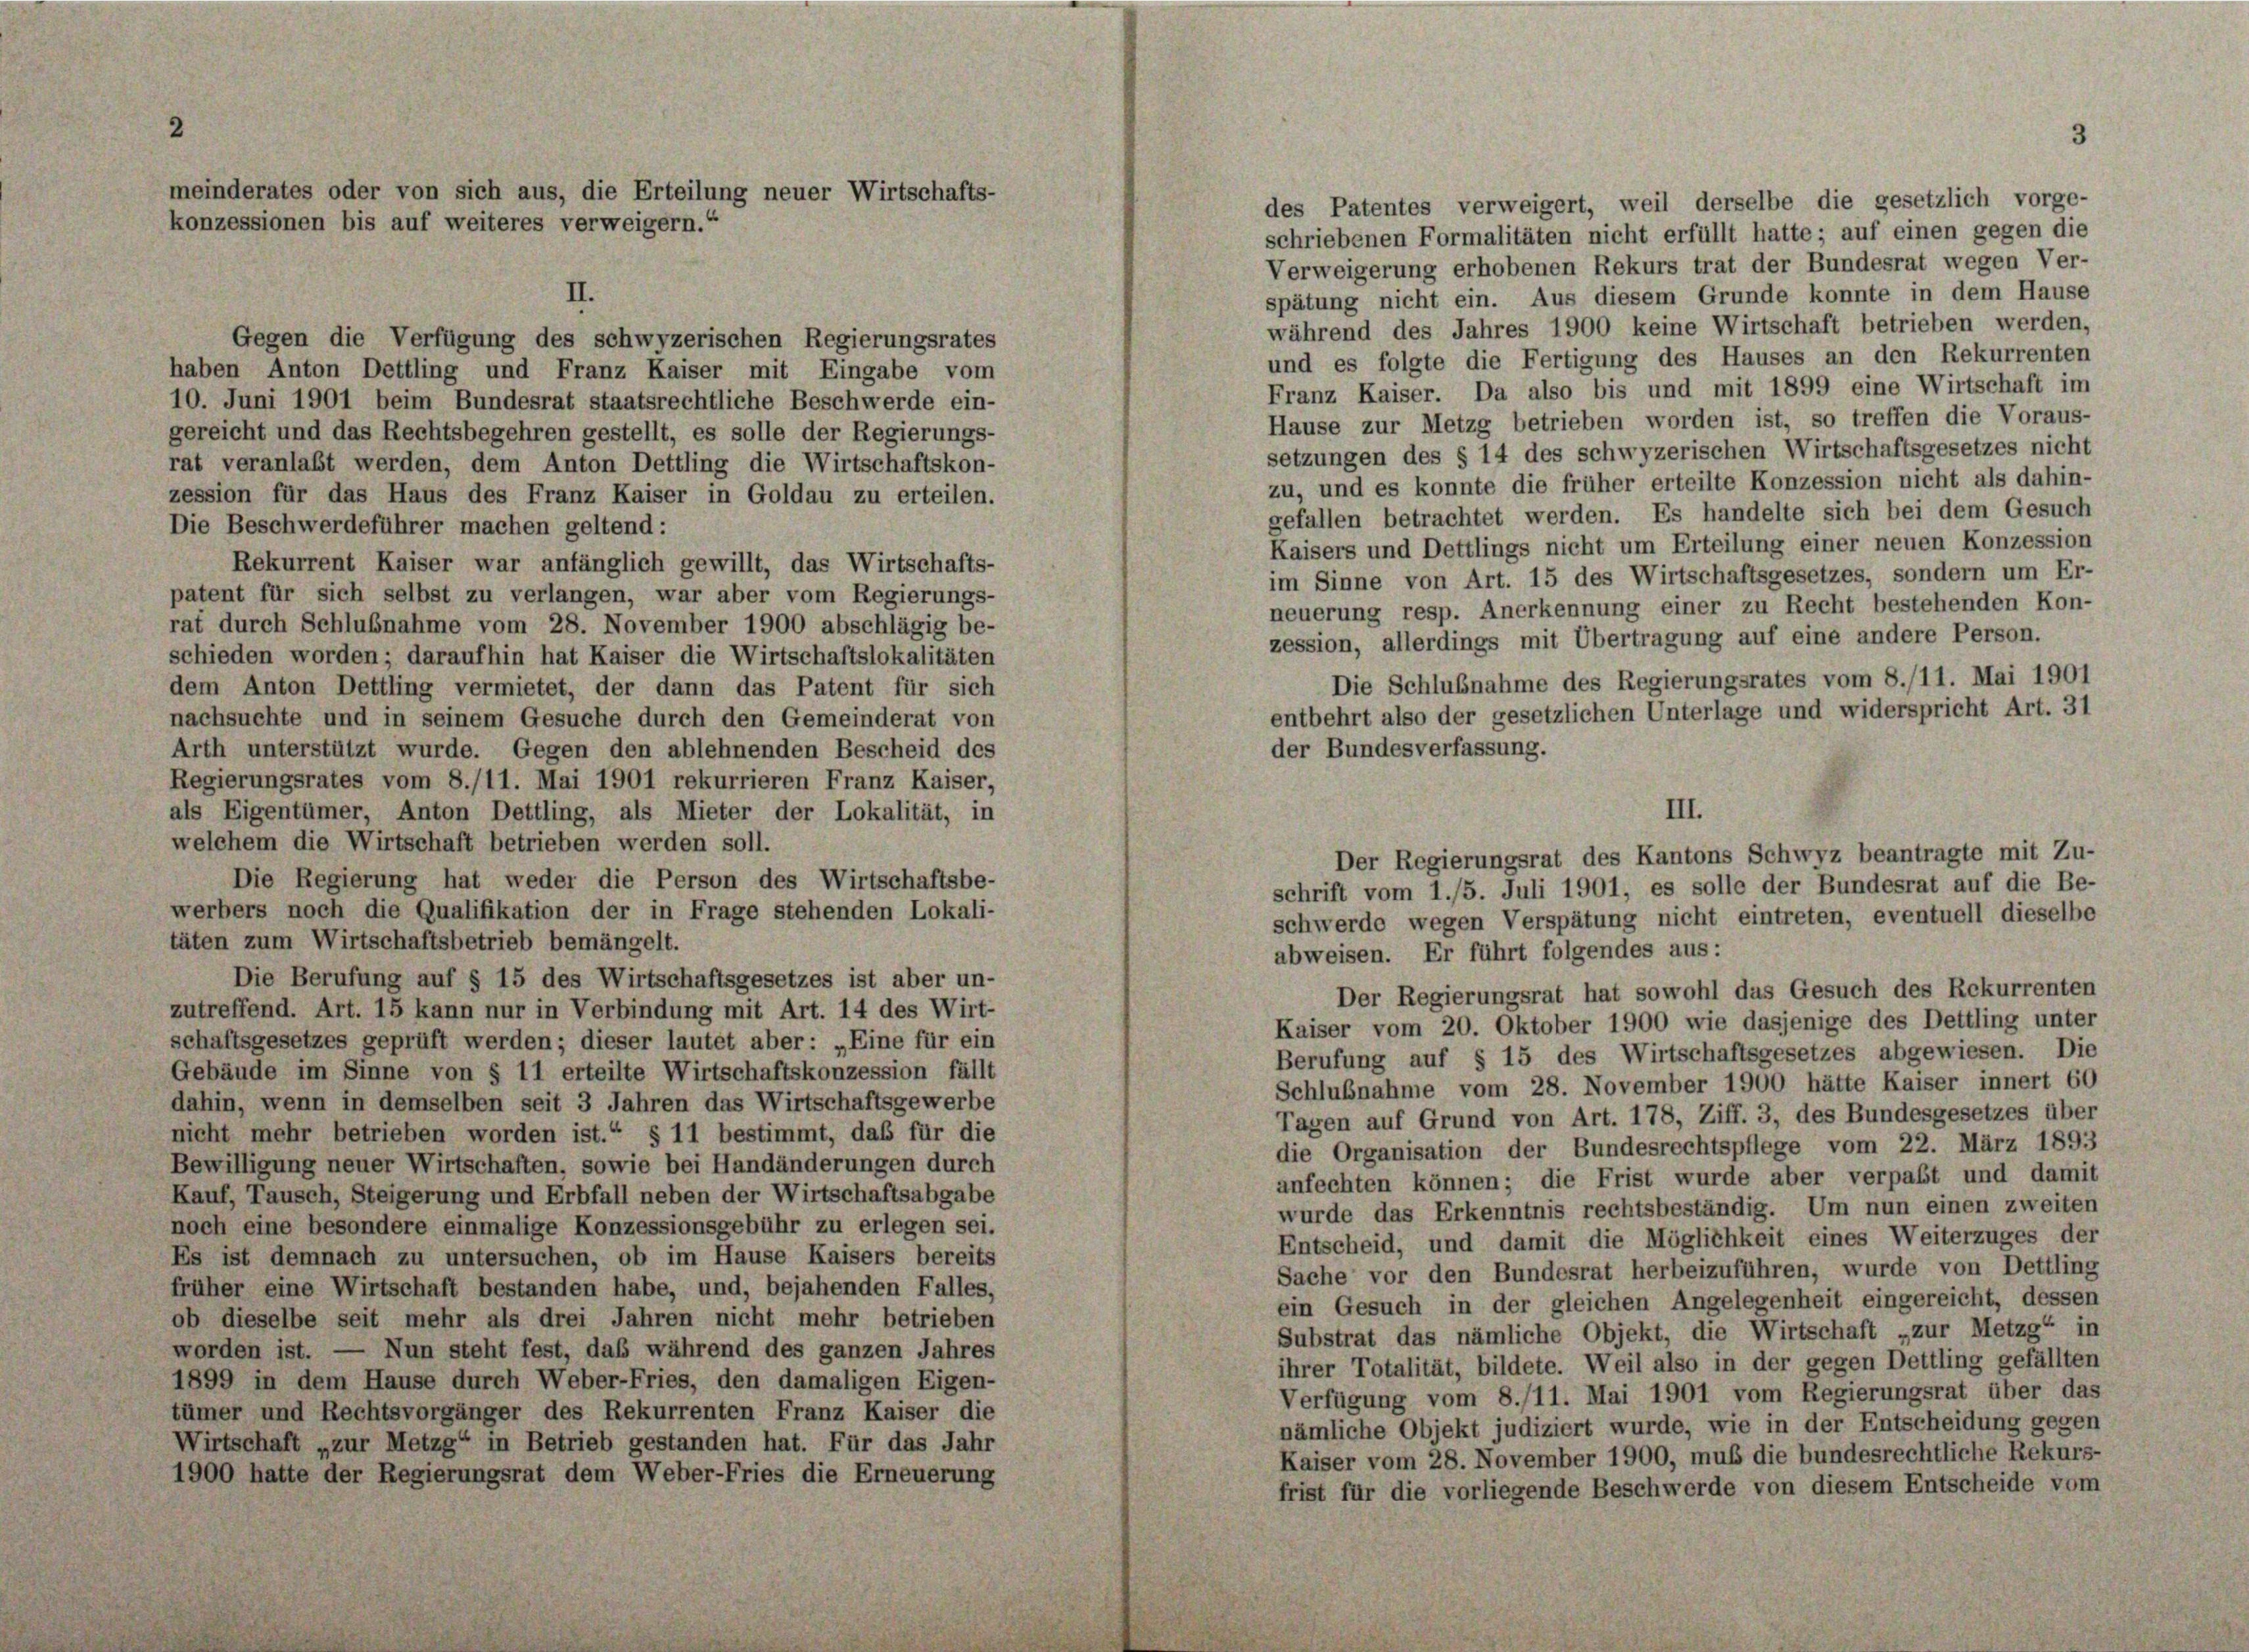
meinderates oder von sich aus, die Erteilung neuer Wirtschafts-
konzessionen bis auf weiteres verweigern.“

Gegen die Verfügung des schwyzerischen Regierungsrates
haben Anton Dettling und Franz Kaiser mit Eingabe vom
10. Juni 1901 beim Bundesrat staatsrechtliche Beschwerde ein-
gereicht und das Rechtsbegehren gestellt, es solle der Regierungs-
rat veranlaßt werden, dem Anton Dettling die Wirtschaftskon-
zession für das Haus des Franz Kaiser in Goldau zu erteilen.
Die Beschwerdeführer machen geltend:
Rekurrent Kaiser war anfänglich gewillt, das Wirtschafts-
patent für sich selbst zu verlangen, war aber vom Regierungs-
rat durch Schlußnahme vom 28. November 1900 abschlägig be-
schieden worden; daraufhin hat Kaiser die Wirtschaftslokalitäten
dem Anton Dettling vermietet, der dann das Patent für sich
nachsuchte und in seinem Gesuche durch den Gemeinderat von
Arth unterstützt wurde. Gegen den ablehnenden Bescheid des
Regierungsrates vom 8./11. Mai 1901 rekurrieren Franz Kaiser,
als Eigentümer, Anton Dettling, als Mieter der Lokalität, in
welchem die Wirtschaft betrieben werden soll.
Die Regierung hat weder die Person des Wirtschaftsbe-
werbers noch die Qualifikation der in Frage stehenden Lokali-
täten zum Wirtschaftsbetrieb bemängelt.
Die Berufung auf § 15 des Wirtschaftsgesetzes ist aber un-
zutreffend. Art. 15 kann nur in Verbindung mit Art. 14 des Wirt-
schaftsgesetzes geprüft werden; dieser lautet aber: „Eine für ein
Gebäude im Sinne von § 11 erteilte Wirtschaftskonzession fällt
dahin, wenn in demselben seit 3 Jahren das Wirtschaftsgewerbe
nicht mehr betrieben worden ist.“ § 11 bestimmt, daß für die
Bewilligung neuer Wirtschaften, sowie bei Handänderungen durch
Kauf, Tausch, Steigerung und Erbfall neben der Wirtschaftsabgabe
noch eine besondere einmalige Konzessionsgebühr zu erlegen sei.
Es ist demnach zu untersuchen, ob im Hause Kaisers bereits
früher eine Wirtschaft bestanden habe, und, bejahenden Falles,
ob dieselbe seit mehr als drei Jahren nicht mehr betrieben
worden ist. — Nun steht fest, daß während des ganzen Jahres
1899 in dem Hause durch Weber-Fries, den damaligen Eigen-
tümer und Rechtsvorgänger des Rekurrenten Franz Kaiser die
Wirtschaft „zur Metzg“ in Betrieb gestanden hat. Für das Jahr
1900 hatte der Regierungsrat dem Weber-Fries die Erneuerung

spätung nicht ein. Aus diesem Grunde konnte in dem Hause
während des Jahres 1900 keine Wirtschaft betrieben werden,
und es folgte die Fertigung des Hauses an den Rekurrenten
Franz Kaiser. Da also bis und mit 1899 eine Wirtschaft im
Hause zur Metzg betrieben worden ist, so treffen die Voraus-
setzungen des § 14 des schwyzerischen Wirtschaftsgesetzes nicht
zu, und es konnte die früher erteilte Konzession nicht als dahin-
gefallen betrachtet werden. Es handelte sich bei dem Gesuch
Kaisers und Dettlings nicht um Erteilung einer neuen Konzession
im Sinne von Art. 15 des Wirtschaftsgesetzes, sondern um Er-
neuerung resp. Anerkennung einer zu Recht bestehenden Kon-
zession, allerdings mit Übertragung auf eine andere Person.
Die Schlußnahme des Regierungsrates vom 8./11. Mai 1901
entbehrt also der gesetzlichen Unterlage und widerspricht Art. 31
der Bundesverfassung.
Der Regierungsrat des Kantons Schwyz beantragte mit Zu-
schwerde wegen Verspätung nicht eintreten, eventuell dieselbe
abweisen. Er führt folgendes aus:
Der Regierungsrat hat sowohl das Gesuch des Rekurrenten
Kaiser vom 20. Oktober 1900 wie dasjenige des Dettling unter
Berufung auf § 15 des Wirtschaftsgesetzes abgewiesen. Die
Schlußnahme vom 28. November 1900 hätte Kaiser innert 60
Tagen auf Grund von Art. 178, Ziff. 3, des Bundesgesetzes über
die Organisation der Bundesrechtspflege vom 22. März 1893
anfechten können; die Frist wurde aber verpaßt und damit
wurde das Erkenntnis rechtsbeständig. Um nun einen zweiten
Entscheid, und damit die Möglichkeit eines Weiterzuges der
Sache vor den Bundesrat herbeizuführen, wurde von Dettling
ein Gesuch in der gleichen Angelegenheit eingereicht, dessen
Substrat das nämliche Objekt, die Wirtschaft „zur Metzg“ in
ihrer Totalität, bildete. Weil also in der gegen Dettling gefällten
Verfügung vom 8./11. Mai 1901 vom Regierungsrat über das
nämliche Objekt judiziert wurde, wie in der Entscheidung gegen
Kaiser vom 28. November 1900, muß die bundesrechtliche Rekurs-
frist für die vorliegende Beschwerde von diesem Entscheide vom

des Patentes verweigert, weil derselbe die gesetzlich vorge-
schriebenen Formalitäten nicht erfüllt hatte; auf einen gegen die
Verweigerung erhobenen Rekurs trat der Bundesrat wegen Ver-

III.
schrift vom 1./5. Juli 1901, es solle der Bundesrat auf die Be-